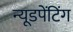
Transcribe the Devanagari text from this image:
न्यूडपेंटिंग